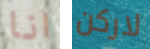
انا لاركن